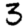
Digit: 3